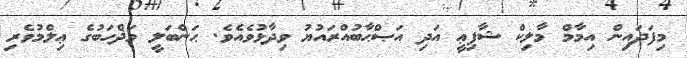
މިފަދައިން އިމާމް މާލިކް ޝާފިޢީ އަދި އަޞްޙާބުއްރައުޔު ވިދާޅުވެއެވެ. ޙަންބަލީ މަޛްހަބުގެ ޢިލްމުވެރި